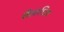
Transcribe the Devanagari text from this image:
शैलाधिश